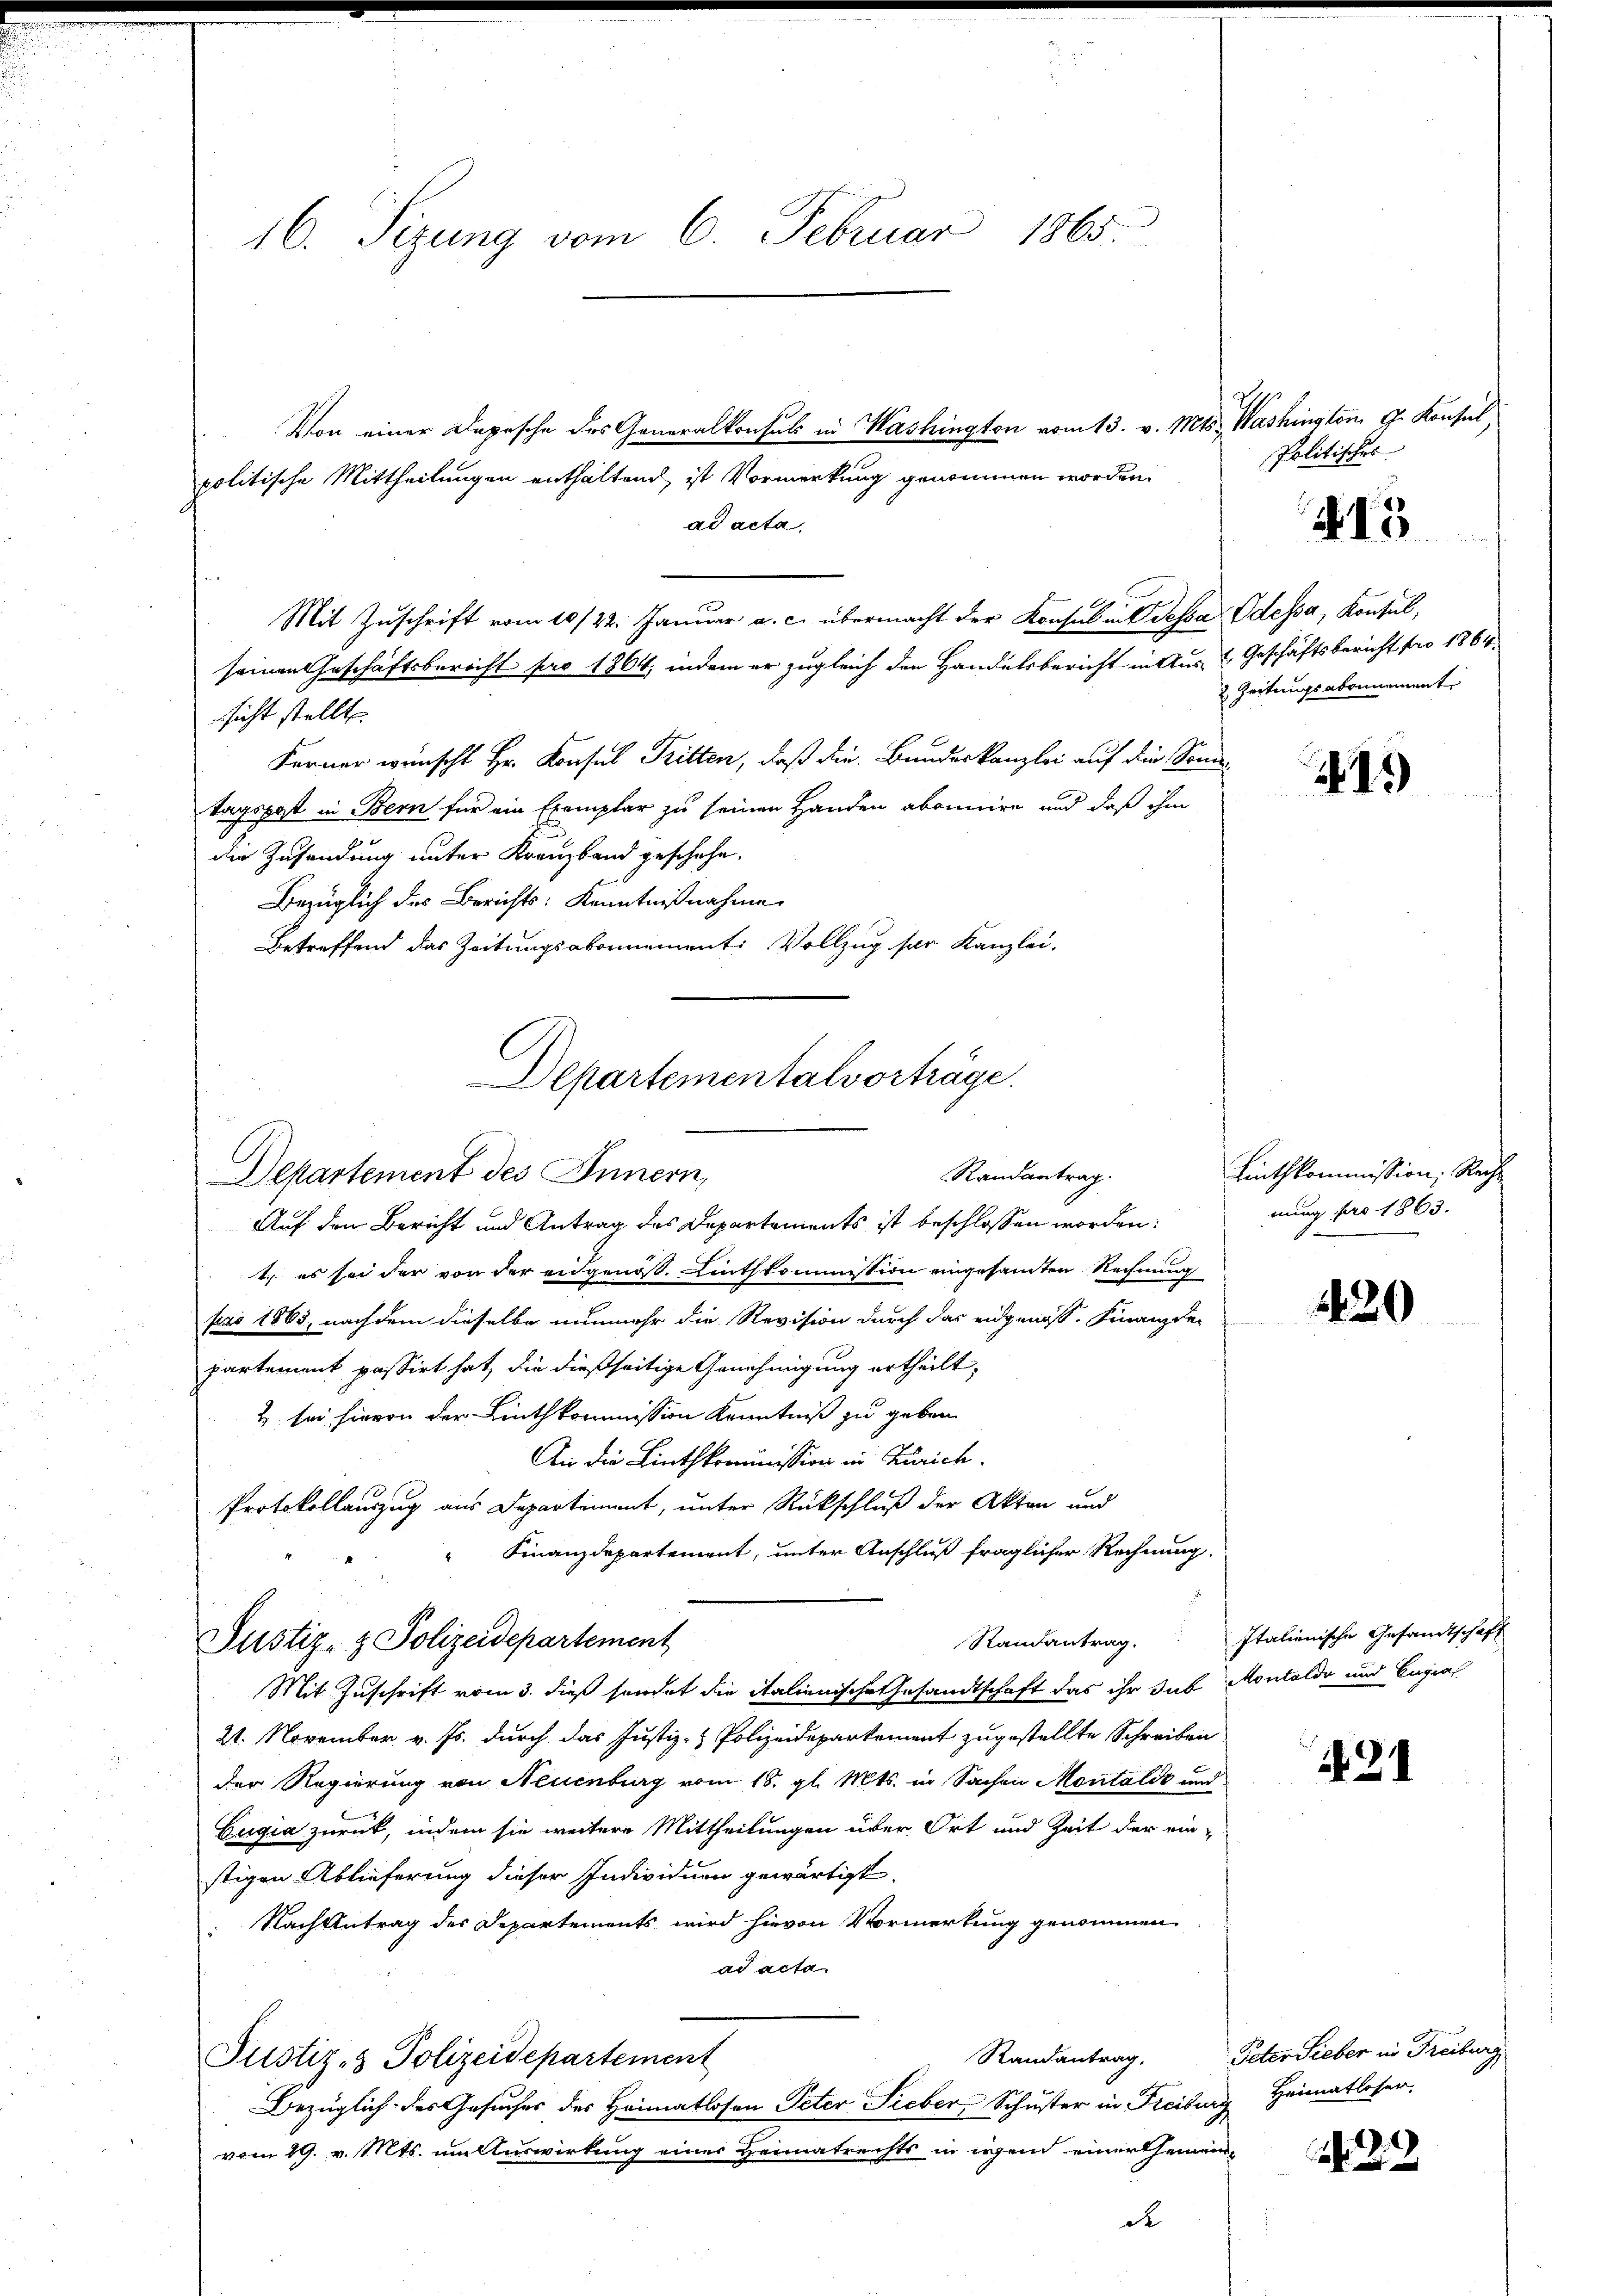
16. Sizung vom 6. Februar 1865.

Randantrag.
Departement des Innern,

Justiz- & Polizeidepartement

Von einer Depesche des Generalkonsuls in Washington vom 13. v. Mts. Washington, 9. Konsul
politische Mittheilungen enthaltend, ist Vormerkung genommen worden.
ad acta,
Mit Zuschrift vom 10/22. Januar a. c. übermacht der Konsul mit dessa Odessa, Konsul,
seinen Geschäftsberecht pro 1864, indem er zugleich den Handelsbericht in Aus Geschäftsbericht pro 1864
sicht stellt.
Ferner wünscht Hr. Konsul Tritten, daß die Bundeskanzlei auf die Sonntagspast in Bern für ein Exemplar zu seinen Handen abonnire und daß ihm
die Zusendung unter Kreuzband geschehe.
Bezüglich des Berichts: Kenntnißnahme
Betreffend das Zeitungsabonnement: Vollzug der Kanzlei.
Departementalvorträge.

Auf den Bericht und Antrag des Departements ist beschlossen worden:
1. es sei der von der eidgenoß. Linthkommission eingesamten Rechnung
pao 1863, nachdem dieselbe nunmehr die Revision durch das eidgenöss. Finanzde-
partement passirt hat, die dießseitige Genehmigung ertheilt,
2 sei hievon der Linthkommission Kenntniß zu geben.
An die Linthkommission in Zürich
Protokollauszug aus Departement, unter Rückschluß der Akten und
Finanzdepartement, unter Anschluß fraglicher Rechnung.
Randantrag.
Mit Zuschrift vom 3. dieß sendet die italienische Gesandtschaft das ihr sub Montaldo und Eugial
21. November v. Js. durch das Justiz- & Polizeidepartement zugestellte Schreiben
der Regierung von Neuenburg vom 18. gl. Mts. in Sachen Montalić und
Eugia zurück, indem sie weitere Mittheilungen über Ort und Zeit der ein-
stigen Ablieferung dieser Individuen gewärtigt.
: Nach Antrag des Departements wird hievon Vormerkung genommen
ad acta
Randantrag,
Justiz- & Polizeidepartement
Bezüglich des Gesuches des Heimatlosen Peter Sieber, Schuster in Freiburg
vom 19. v. Mts. um Auswirkung einer Heimatrechts in irgen einer heimen-
d

Politisches

.

115

Zeitungsabonnement

15)

Linthkommission, Recht
nung pro 1863.

420

Italienische Gesandtschaft

421

Peter Sieber in Freiburg,
Heimatloser,

22